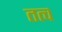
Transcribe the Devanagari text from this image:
तत्व